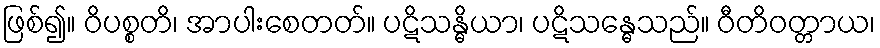
ဖြစ်၍။ ဝိပစ္စတိ၊ အာပါးစေတတ်။ ပဋိသန္ဓိယာ၊ ပဋိသန္ဓေသည်။ ဝီတိဝတ္တာယ၊